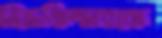
মিডফিল্ডারকে